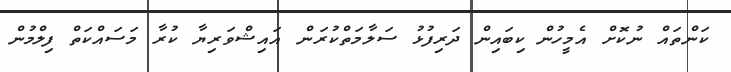
ކަންތައް ނުކޮށް އެމީހުން ކިބައިން ދަރިފުޅު ސަލާމަތްކުރަން އައިޝްވަރިޔާ ކުރާ މަސައްކަތް ފިލްމުން